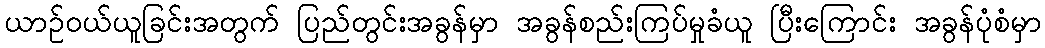
ယာဉ်ဝယ်ယူခြင်းအတွက် ပြည်တွင်းအခွန်မှာ အခွန်စည်းကြပ်မှုခံယူ ပြီးကြောင်း အခွန်ပုံစံမှာ